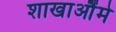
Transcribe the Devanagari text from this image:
शाखाऔंमे